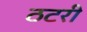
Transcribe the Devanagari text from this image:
ठटरी